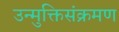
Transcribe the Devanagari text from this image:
उन्मुक्तिसंक्रमण